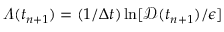
\varLambda ( t _ { n + 1 } ) = ( 1 / \Delta t ) \ln [ \mathscr { D } ( t _ { n + 1 } ) / \epsilon ]